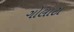
ગોલાટા